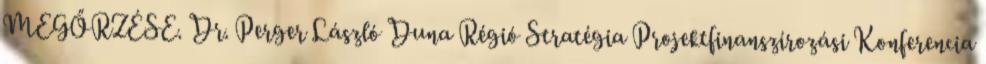
MEGŐRZÉSE. Dr. Perger László Duna Régió Stratégia Projektfinanszírozási Konferencia